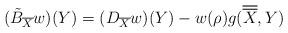
LaTeX: \begin{align*}(\tilde{B}_{\overline{X}}{w})(Y)=(D_{\overline{X}}{w})(Y)-w(\rho)g(\overline{\overline{X}},Y)\end{align*}